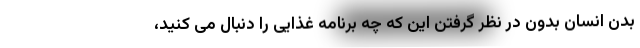
بدن انسان بدون در نظر گرفتن این که چه برنامه غذایی را دنبال می کنید،